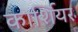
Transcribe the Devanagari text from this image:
कार्शियर